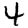
Digit: 4